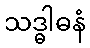
သဒ္ဓါဓနံ